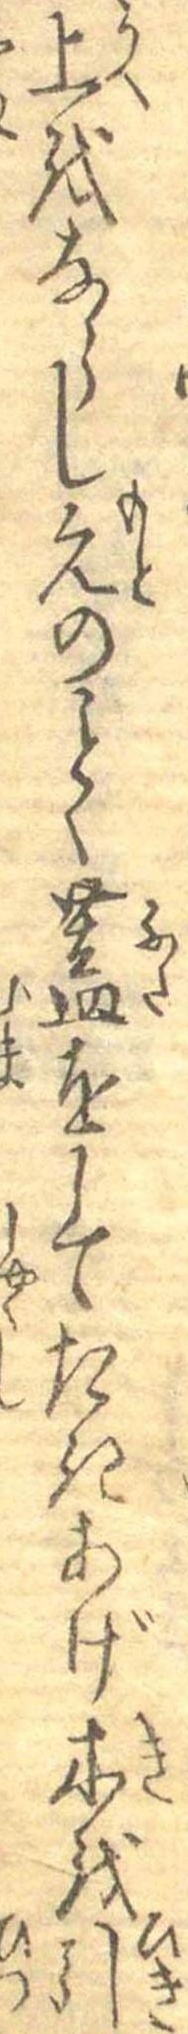
上をならし元のことく蓋をしてたきあげ木を引